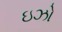
ઇઝો